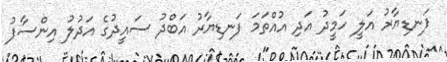
ފަނޑިޔާރު އަލީ ހަމީދު އަދި އުއްތަމަ ފަނޑިޔާރު އަބްދު ސައީދުގެ އަދުލު އިންސާފު